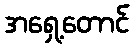
အရှေ့တောင်